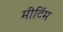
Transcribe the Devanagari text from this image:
मीटिंम